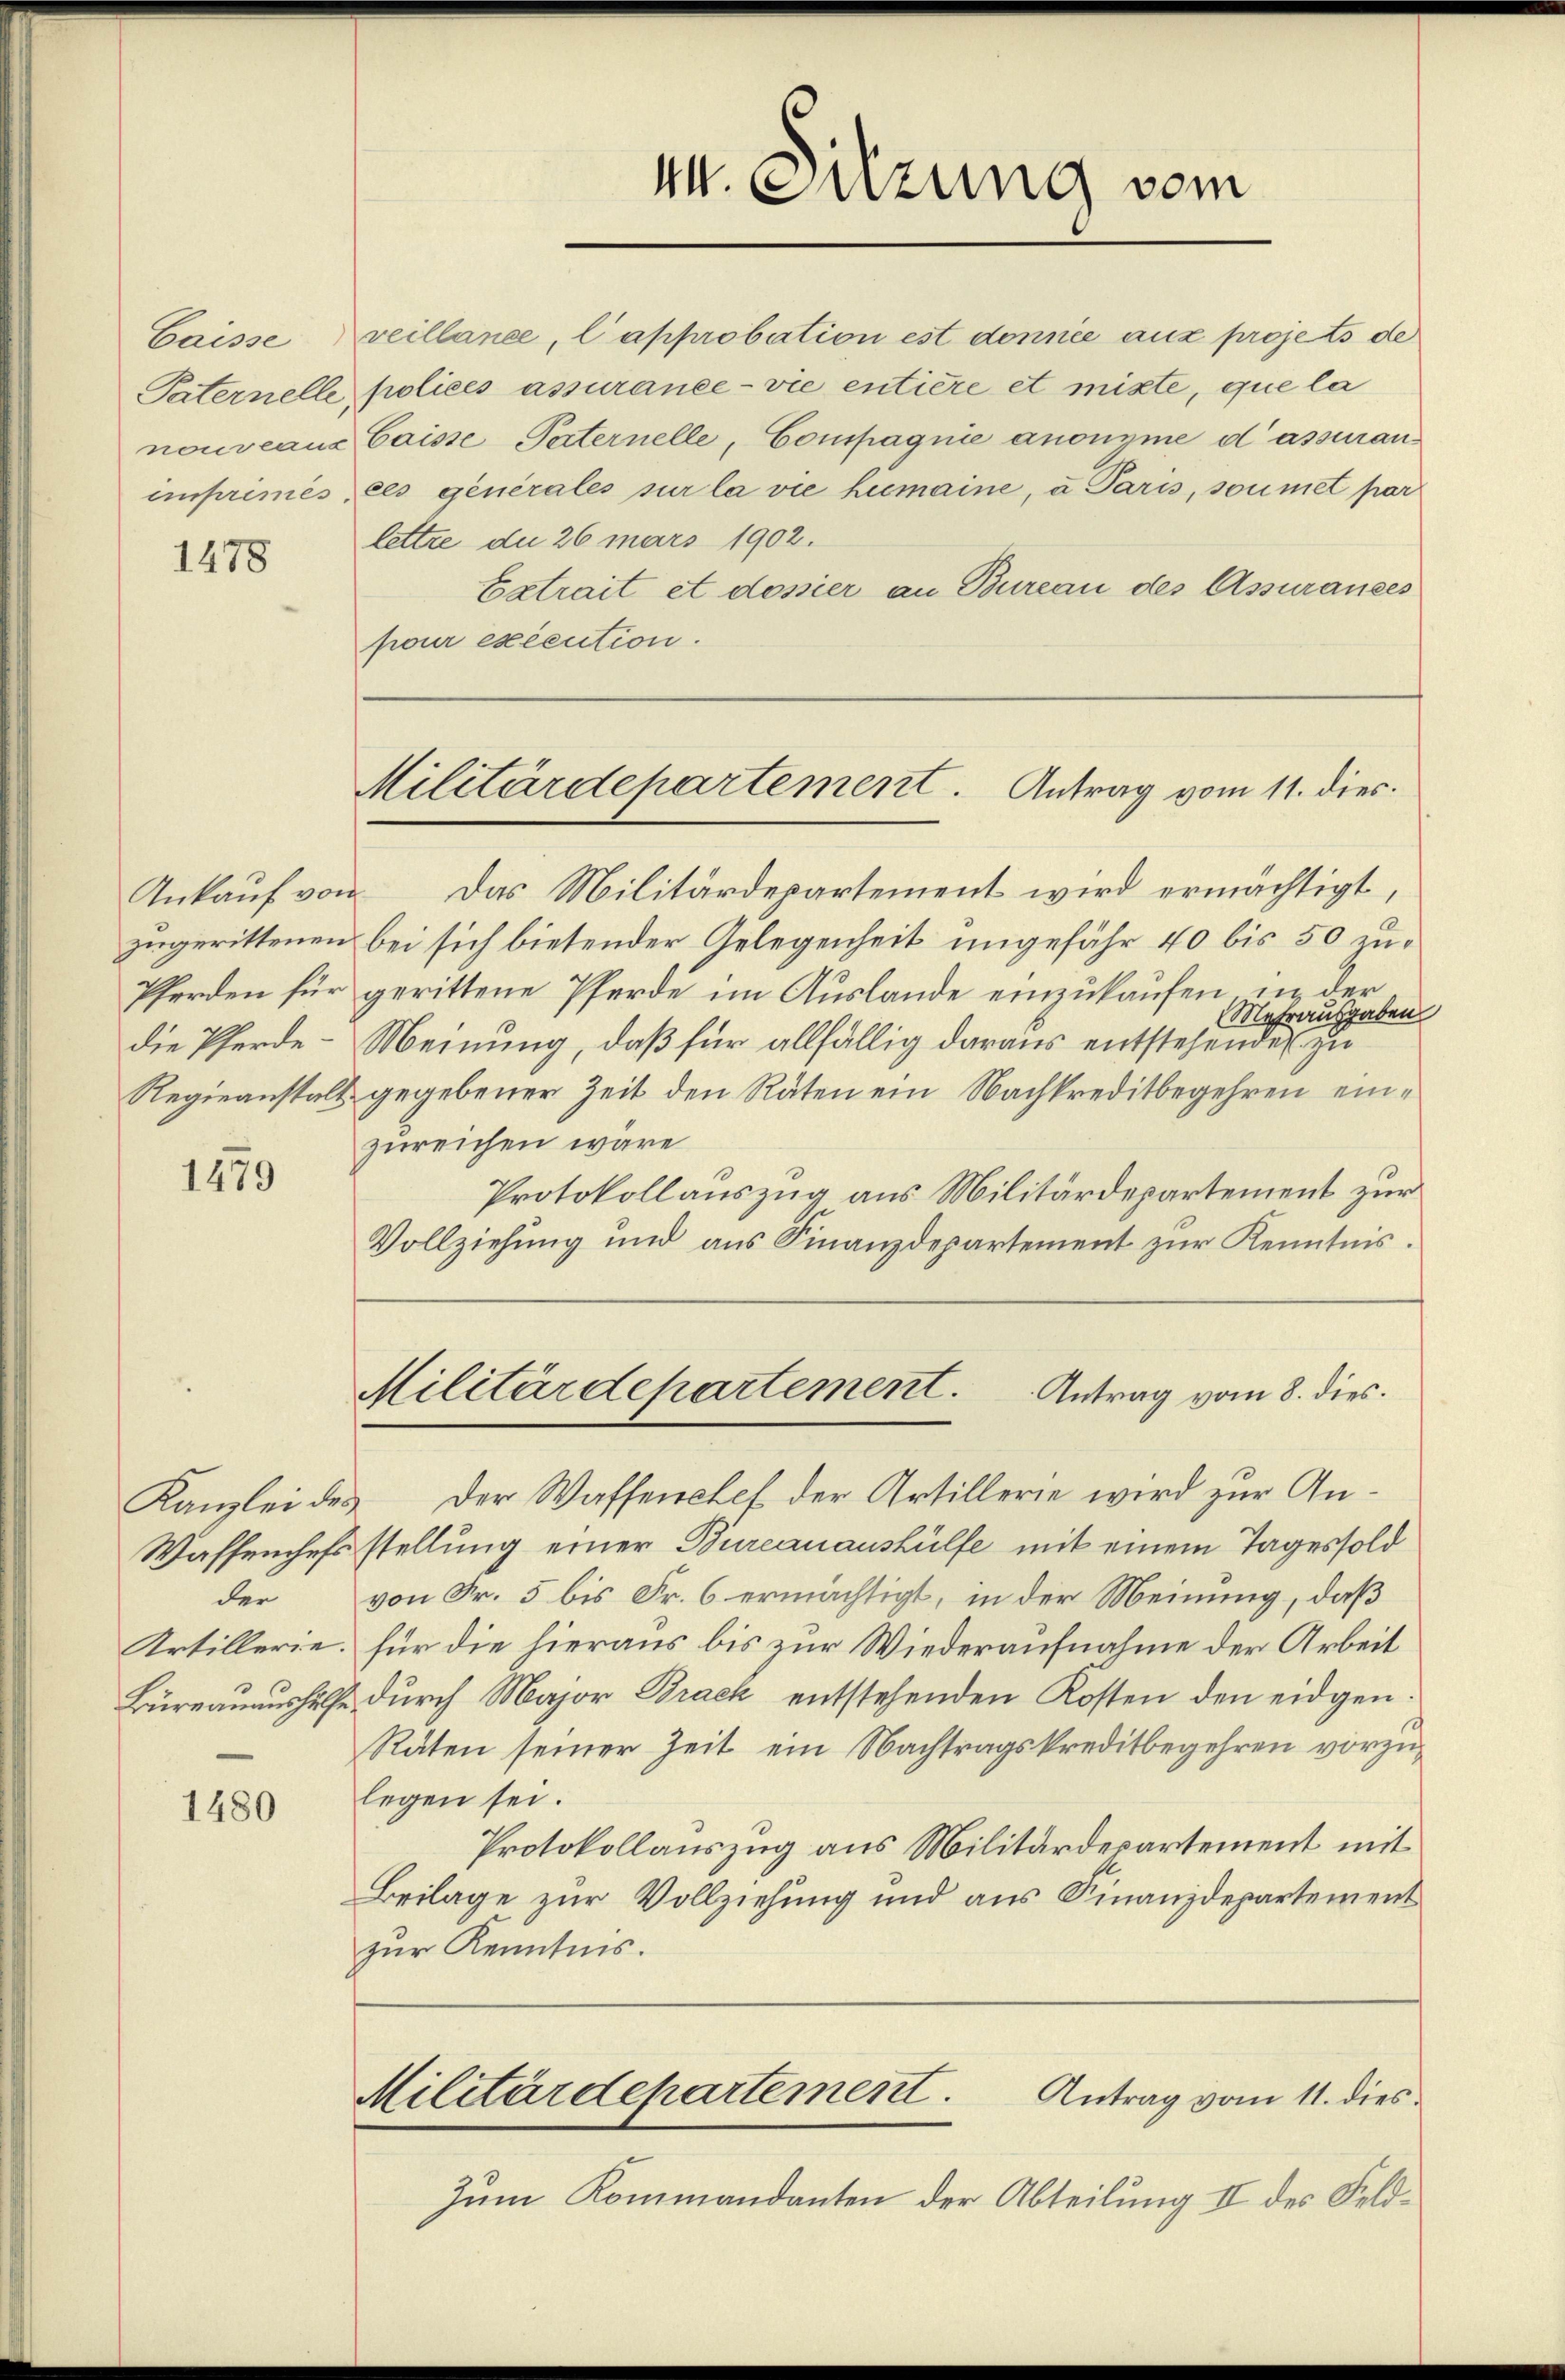
1478

Ankauf von
zugerittenen
Pferden für
die Pferde¬
Regieanstalt.

1479

Wassenschaft
der
Artillerie.

1480

VV. Suzung vom

Caisse veillance, l’approbation est donnée aux projets de
Paternelle polices assurance - vie entière et mitte, que la
nouveaus Caisse Paternelle, Compagnie anonyme d’assuranimprimes, es generales sur la vie humaine, u Paris, soumet par
lettre du 26 mars 1902.
Eatrait et dosier an Bureau des Assurances
pour exécution.

Militärdepartement. Antrag vom 11. dies

Militärdepartement. Antrag vom 8. dies

Das Militärdepartement wird ermächtigt,
bei sich bietender Gelegenheit ungefähr 40 bis 50 zugerittene Pferde im Auslande einzukaufen, in der
Mehrausgaben
Meinung, daß für allfällig daraus entstehende zu
& gegebener Zeit den Räten ein Nachkreditbegehren einzureichen wäre
Protokollauszug aus Militärdepartement zur
Vollziehung und aus Finanzdepartement zur Kenntnis.
Kanzlei des der Wassenchef der Artillerie wird zur Anstellung einer Burcanaushülfe mit einem Tages sold
von Fr. 5 bis Fr. 6 ermächtigt, in der Meinung, daß
für die hieraus bis zur Wiederaufnahme der Arbeit
Büreauaushülfe durch Major Brack entstehenden Kosten den eidgen.
Räten seiner Zeit ein Nachtragskreditbegehren vorzulegen sei.
Protokollauszug aus Militärdepartement mit
Beilage zur Vollziehung und aus Finanzdepartement
zur Kenntnis.
Militärdepartement.
Antrag vom 11. dies
Zum Kommandanten der Abteilung II des Feld¬